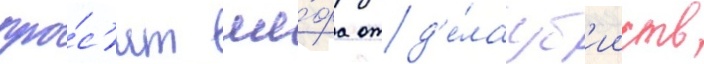
про́с'ит ше́фа отд'е́ла уб'ииств